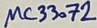
Text: µC33072